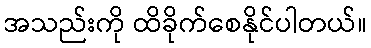
အသည်းကို ထိခိုက်စေနိုင်ပါတယ်။